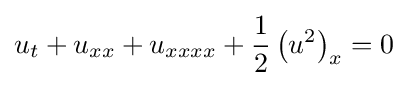
u_{t}+u_{xx}+u_{xxxx}+{\frac {1}{2}}\left(u^{2}\right)_{x}=0